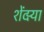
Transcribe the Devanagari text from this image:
शेंदर्‍या